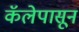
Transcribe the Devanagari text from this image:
कॅलेपासून